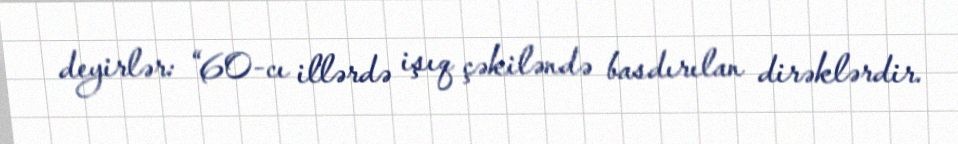
deyirlər: “60-cı illərdə işıq çəkiləndə basdırılan dirəklərdir.